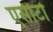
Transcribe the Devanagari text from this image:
एसीटो